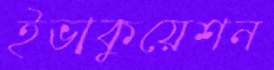
ইভাকুয়েশন